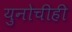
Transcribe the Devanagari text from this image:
युनोचीही